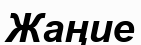
Жаңие